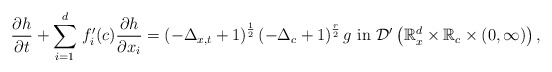
\begin{align*}\frac{\partial h}{\partial t} + \displaystyle\sum_{i=1}^{d}\,f^{\prime}_{i}(c)\frac{\partial h}{\partial x_{i}} =\left(-\Delta_{x,t} +1\right)^{\frac{1}{2}}\left(-\Delta_{c} +1\right)^{\frac{r}{2}}g\,\,\mbox{in}\,\,\mathcal{D}^{\prime}\left(\mathbb{R}^{d}_{x}\times\mathbb{R}_{c}\times (0,\infty)\right),\end{align*}